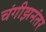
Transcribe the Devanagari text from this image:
चंगीझनंतर